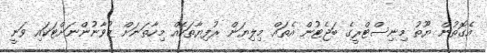
އެގޮތުން ޔޫތު މިނިސްޓްރީގެ ބަޖެޓުން އެތައް މިލިޔަން ރުފިޔާތަކެއް މިހާތަނަށް ޒުވާނުންނަށްޓަކައި ވަނީ